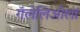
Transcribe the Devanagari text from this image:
गॅलेलिओला